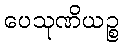
ပေသုဏိယဉ္စ